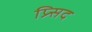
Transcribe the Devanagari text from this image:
प्र्सिद